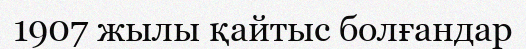
1907 жылы қайтыс болғандар